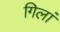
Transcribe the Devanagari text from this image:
गिलां